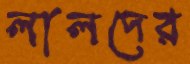
লালদের